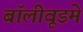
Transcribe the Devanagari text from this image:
बॉलीवूडमे